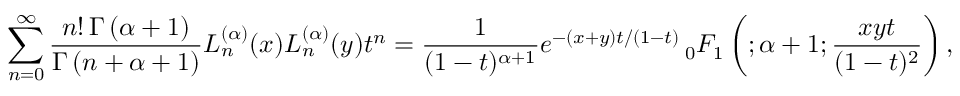
\sum _ { n = 0 } ^ { \infty } { \frac { n ! \, \Gamma \left( \alpha + 1 \right) } { \Gamma \left( n + \alpha + 1 \right) } } L _ { n } ^ { ( \alpha ) } ( x ) L _ { n } ^ { ( \alpha ) } ( y ) t ^ { n } = { \frac { 1 } { ( 1 - t ) ^ { \alpha + 1 } } } e ^ { - ( x + y ) t / ( 1 - t ) } \, _ { 0 } F _ { 1 } \left( ; \alpha + 1 ; { \frac { x y t } { ( 1 - t ) ^ { 2 } } } \right) ,